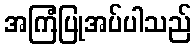
အကြံပြုအပ်ပါသည်